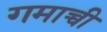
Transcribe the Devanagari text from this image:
गमाच्ची